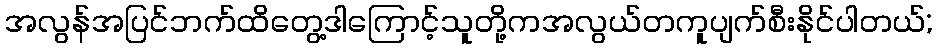
အလွန်အပြင်ဘက်ထိတွေ့ဒါကြောင့်သူတို့ကအလွယ်တကူပျက်စီးနိုင်ပါတယ်;